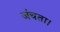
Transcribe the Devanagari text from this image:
जंचता।